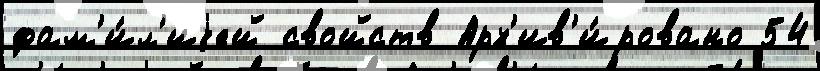
фам'и́л'иjей свойств Арх'ив'и́ровано 54